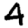
Digit: 4